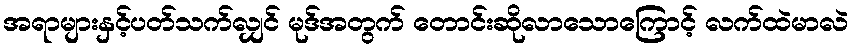
အရာများနှင့်ပတ်သက်လျှင် မုဒ်အတွက် တောင်းဆိုလာသောကြောင့် လက်ထဲမာလဲ